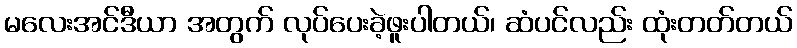
မလေးအင်ဒီယာ အတွက် လုပ်ပေးခဲ့ဖူးပါတယ်၊ ဆံပင်လည်း ထုံးတတ်တယ်